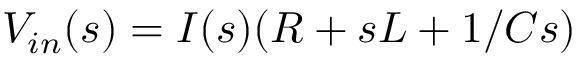
V _ { i n } ( s ) = I ( s ) ( R + s L + 1 / C s )